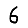
Digit: 6